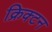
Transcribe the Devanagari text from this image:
क्रिक्टन